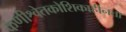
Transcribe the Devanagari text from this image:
कणीश्वेतकोशिकाहीनता